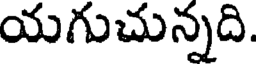
యగుచున్నది.